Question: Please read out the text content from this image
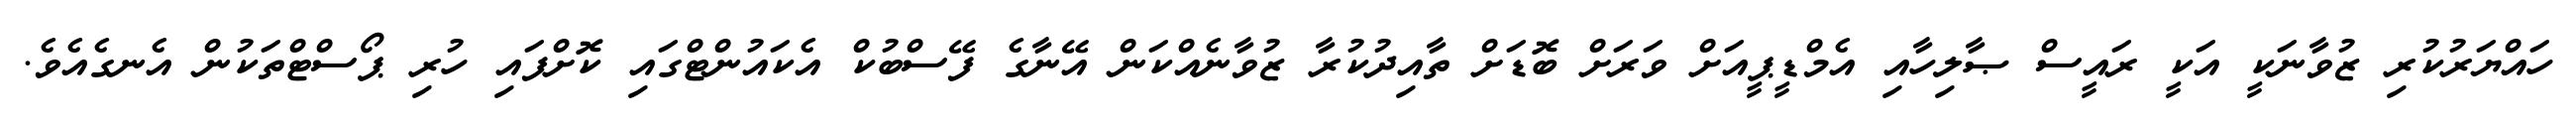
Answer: ހައްޔަރުކުރި ޒުވާނަކީ އަކީ ރައީސް ޞާލިހާއި އެމްޑީޕީއަށް ވަރަށް ބޮޑަށް ތާއިދުކުރާ ޒުވާނެއްކަން އޭނާގެ ފޭސްބުކް އެކައުންޓްގައި ކޮށްފައި ހުރި ޕޯސްޓްތަކުން އެނގެއެވެ.